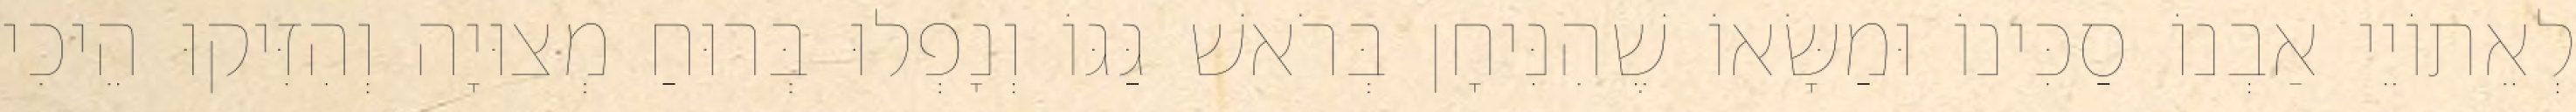
לְאֵתוֹיֵי אַבְנוֹ סַכִּינוֹ וּמַשָּׂאוֹ שֶׁהִנִּיחָן בְּרֹאשׁ גַּגּוֹ וְנָפְלוּ בְּרוּחַ מְצוּיָה וְהִזִּיקוּ הֵיכִי